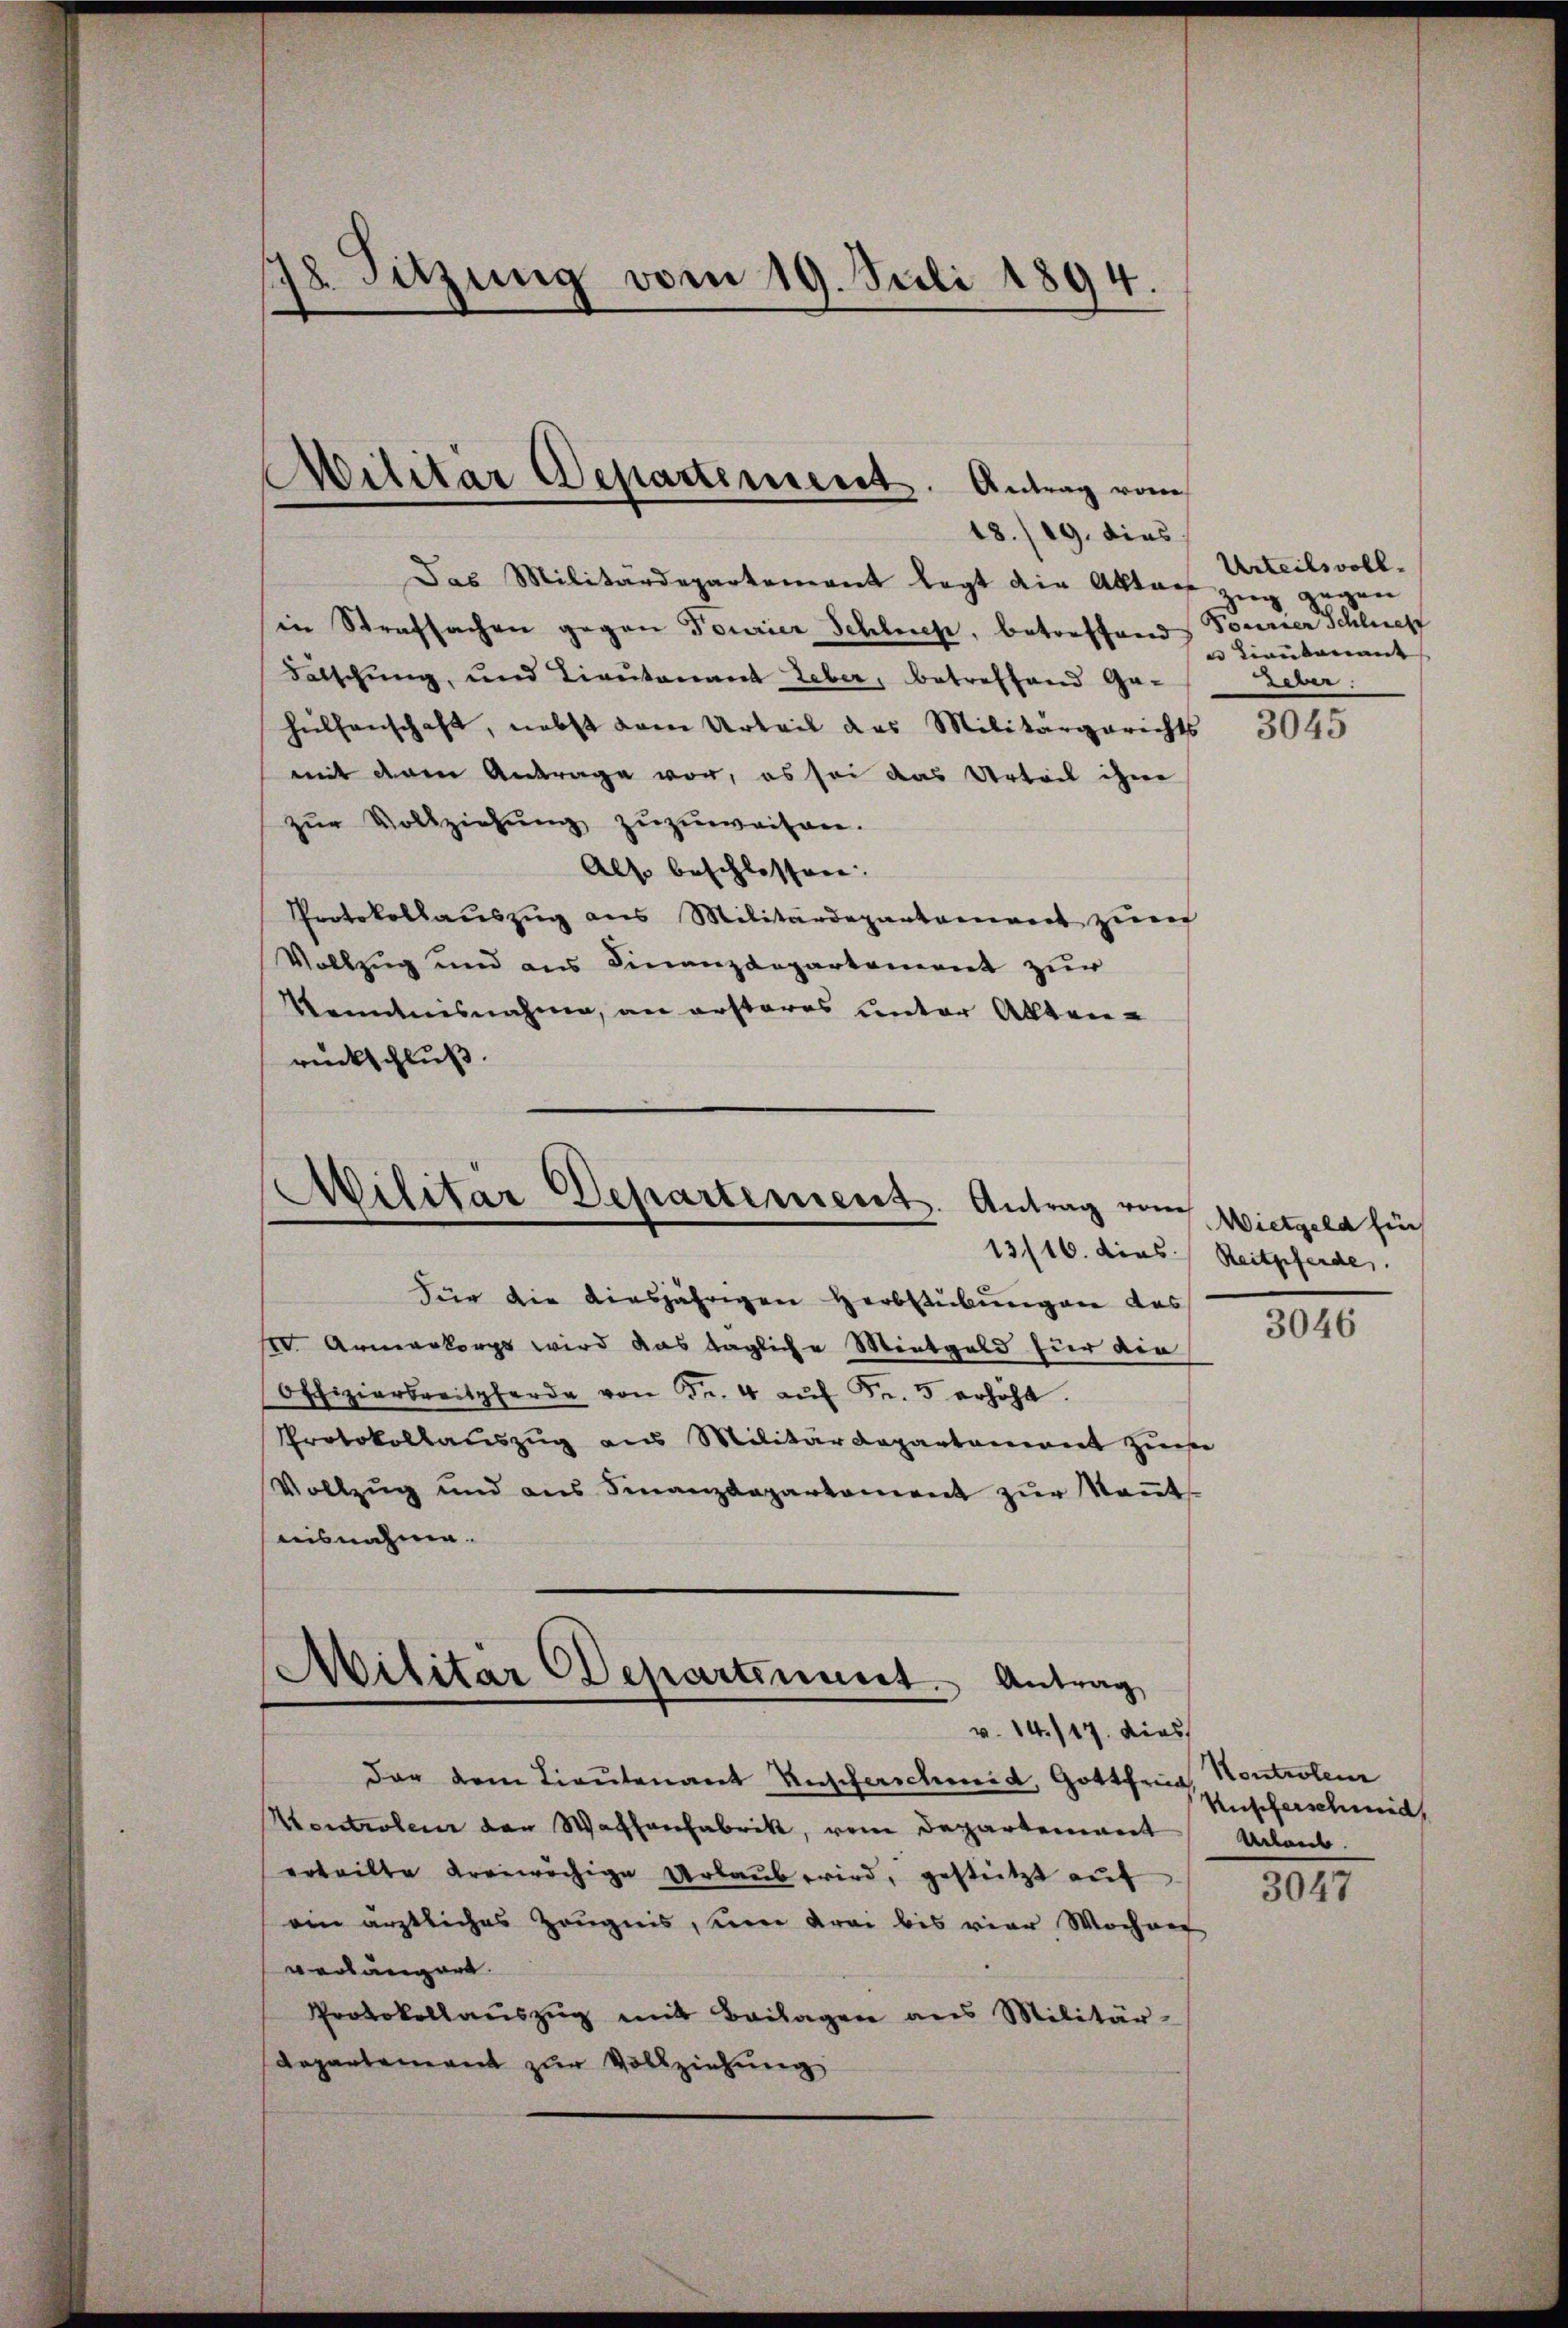
178. Sitzung vom 19. Juli 1894.

Das Militärdepartement legt die Aktars
in Strafsachen gegen Tourier Schlech, betreffend Tourner Schließ
Falschung, und Lieutenant Leber, betreffend Ge-
helfenschaft, nebst dem Urteil das Militärgerichts
mit deren Antrage vor, es sei das Urtei ihne
zŭr Vollziehŭng zuzuweisen.
Als beschlossen.
Protokollauszug aus Militärdepartement zum
Vollzug und aus Finanzdepartement zur
Kenntnisnahme, an ersteres unter Allerie-
rückschluß.

Militär Departement. Antrag vom
18./19. dies

Militär Departement. Antrag vom

13/16. dies Reitpferde.
Für die diesjährigen Herbstübungen des
IIV. Armenkorps wird das tägliche Mentgeld für die
Offiziersreitpferde von Fr. 4 aŭf Fr. 5 erhöht.
Protokollauszug aus Militärdepartement zum
Vollzŭg und ans Finanzdepartement zŭr Keṅt
nisnahme.

Militär Departenant. Antrag
v. 14./17. dies

dar dem Lieutenant Anscherschweid, Gottfried, Kontrolenz
Kontroleur der Wachenfabrik, vom Departement
erteilte freiwächige Urlaub wird, gestützt auf
ein ärztliches Zeugnis, seine Krai bis vier Wochen
verlängert.
Protokollaŭszŭg mit Beilagen ans Militär-
Repartement zur Vollziehung

Urteilsvoll¬
Zug gegen
 Tiantenant
Weber.

3045

Wietgeld für

3046

Kufferschmid,
Ueber.

3047